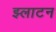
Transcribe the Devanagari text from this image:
झ्लाटन